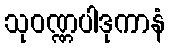
သုဝဏ္ဏပါဒုကာနံ